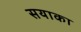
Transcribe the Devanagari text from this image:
सयाका